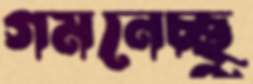
গমনেচ্ছু